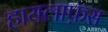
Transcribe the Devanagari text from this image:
हायलाफ़स